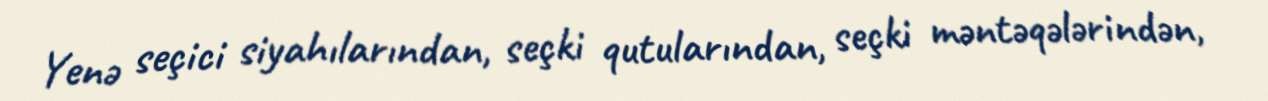
Yenə seçici siyahılarından, seçki qutularından, seçki məntəqələrindən,